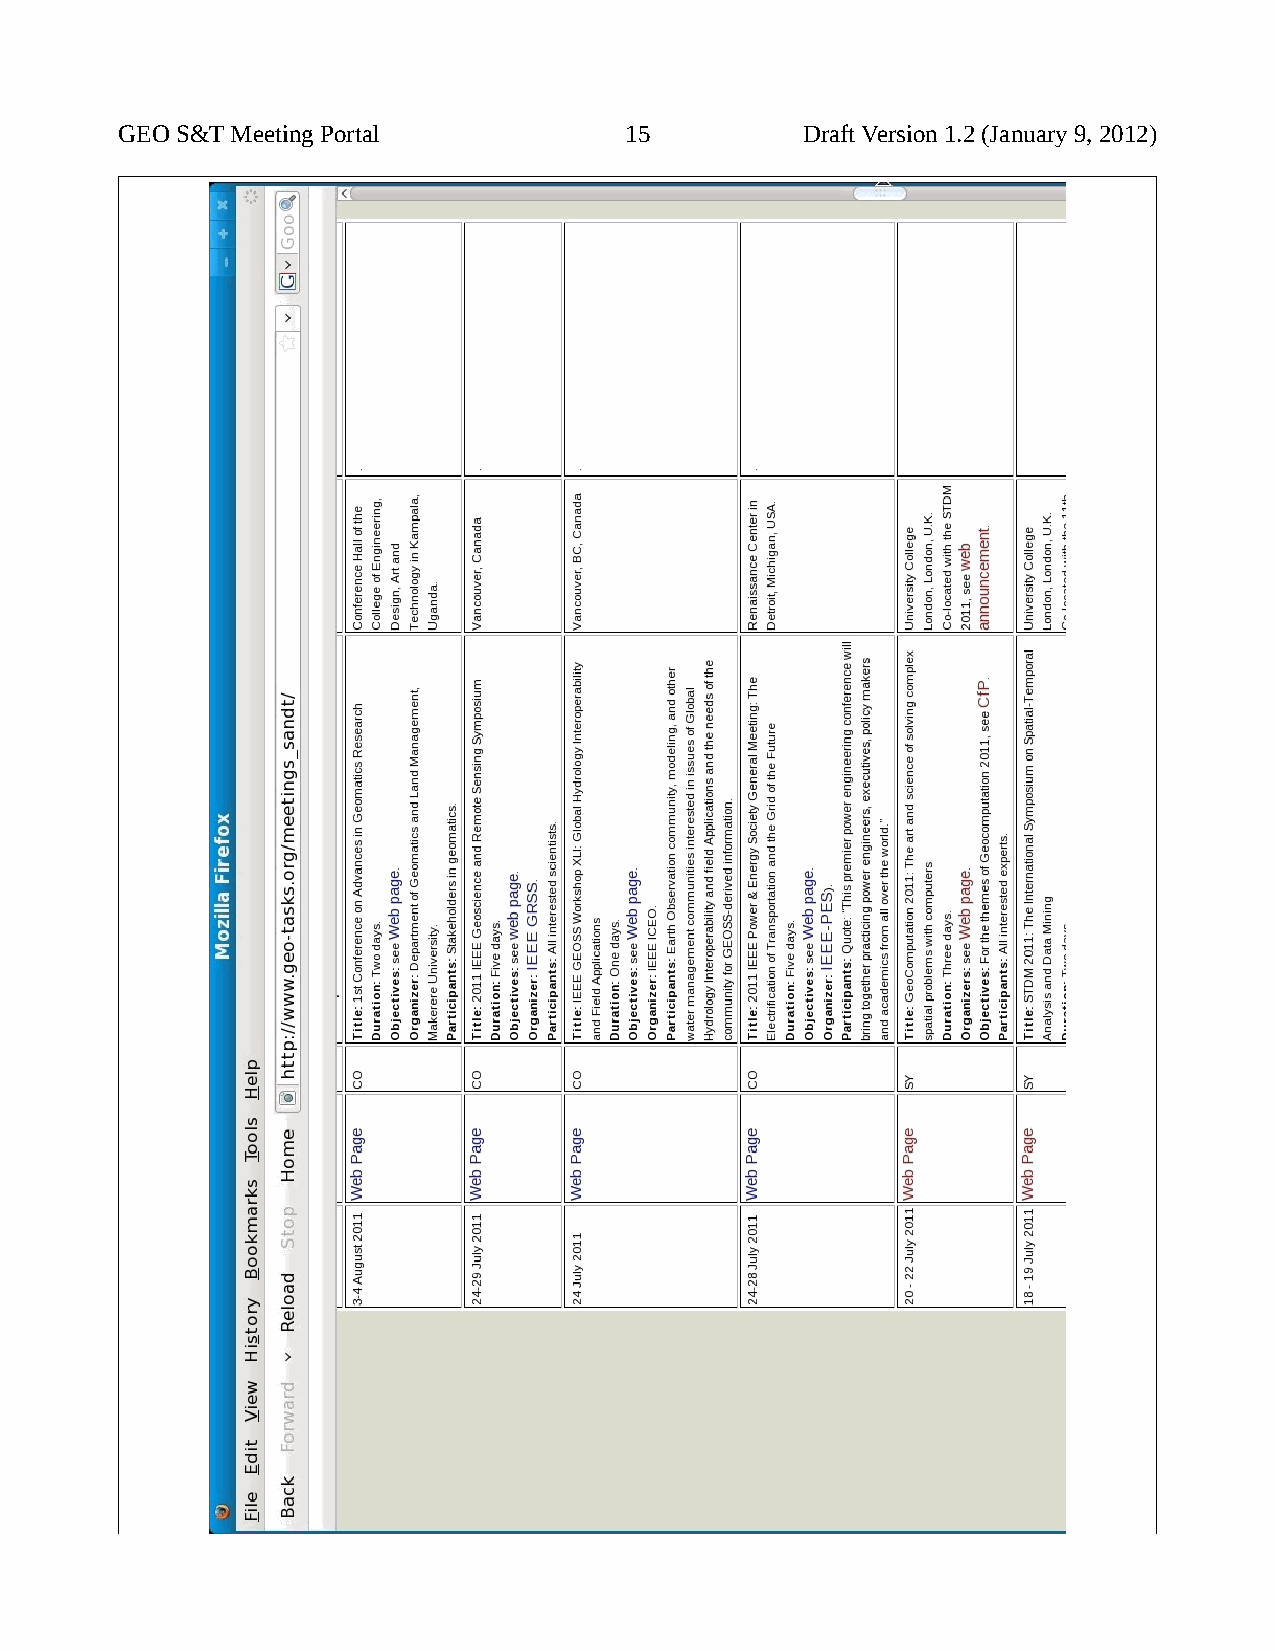
GEO S&T Meeting Portal           15          Draft Version 1.2 (January 9, 2012)